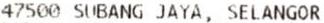
47500 SUBANG JAYA, SELANGOR